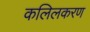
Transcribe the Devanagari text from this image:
कलिलकरण